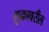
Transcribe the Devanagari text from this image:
शुक्रावरील